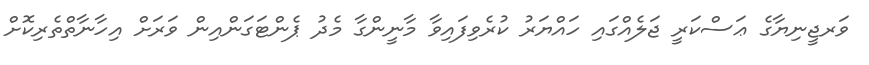
ވަރޖީނިޔާގެ ޢަސްކަރީ ޖަލެއްގައި ހައްޔަރު ކުރެވިފައިވާ މާނީންގާ މެދު ޕެންޓަގަންއިން ވަރަށް އިހާނާތްތެރިކޮށް